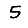
Digit: 5